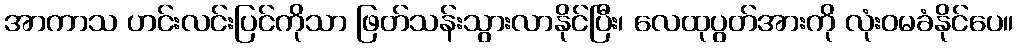
အာကာသ ဟင်းလင်းပြင်ကိုသာ ဖြတ်သန်းသွားလာနိုင်ပြီး၊ လေထုပွတ်အားကို လုံးဝမခံနိုင်ပေ။